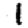
Digit: 1